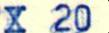
X 20